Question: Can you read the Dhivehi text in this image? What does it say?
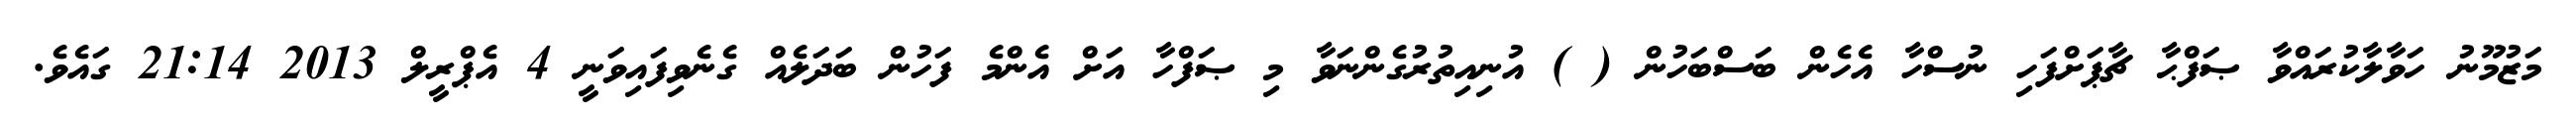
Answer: މަޒުމޫނު ހަވާލާކުރައްވާ ޞަފްޙާ ޗާޕަށްފަހި ނުސްހާ އެހެން ބަސްބަހުން ( ) އުނިއިތުރުގެންނަވާ މި ޞަފްހާ އަށް އެންމެ ފަހުން ބަދަލެއް ގެނެވިފައިވަނީ 4 އެޕްރީލް 2013 21:14 ގައެވެ.